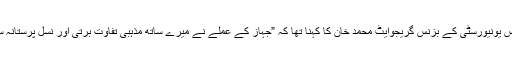
مڈل سیکس یونیورسٹی کے بزنس گریجوایٹ محمد خان کا کہنا تھا کہ ”جہاز کے عملے نے میرے ساتھ مذہبی تفاوت برتی اور نسل پرستانہ سلوک کیا۔